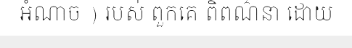
អំណាច ) របស់ ពួកគេ ពិពណ៌នា ដោយ